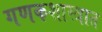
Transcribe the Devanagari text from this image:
गणकशास्त्रात